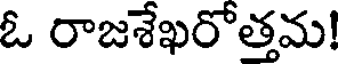
ఓ రాజశేఖరోత్తమ!